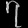
Digit: ၇